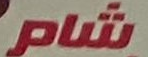
شام